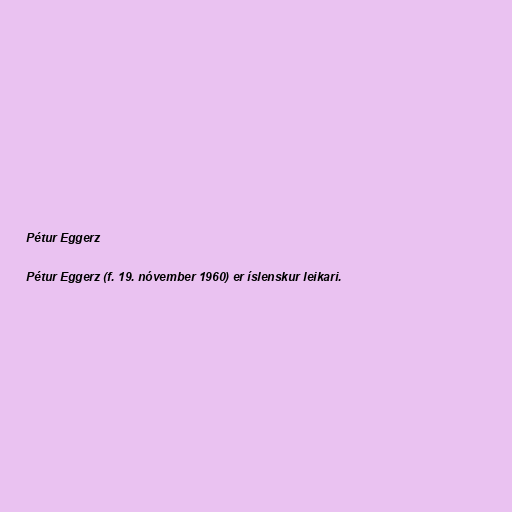
Pétur Eggerz

Pétur Eggerz (f. 19. nóvember 1960) er íslenskur leikari.